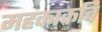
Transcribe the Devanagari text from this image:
महकाकवि